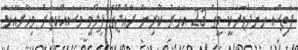
ފަތިސް ހަނދުވަރަކީ މީގެ 23 އަހަރު ކުރިން ރާއްޖޭގެ ފިލްމީ މަަސައްކަތަަށް މިހާރާއަޅާ